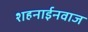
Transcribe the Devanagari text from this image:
शहनाईनवाज